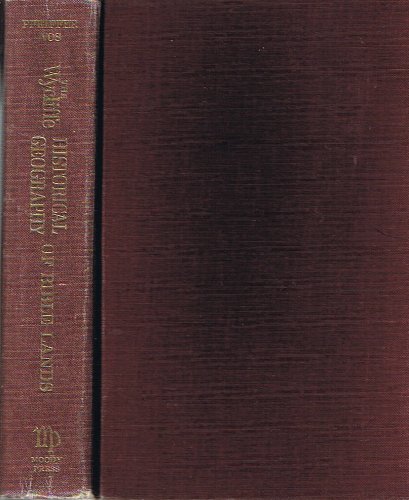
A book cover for Wycliffe Historical Geography of Bible Lands; Charles F. Pfeiffer; History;